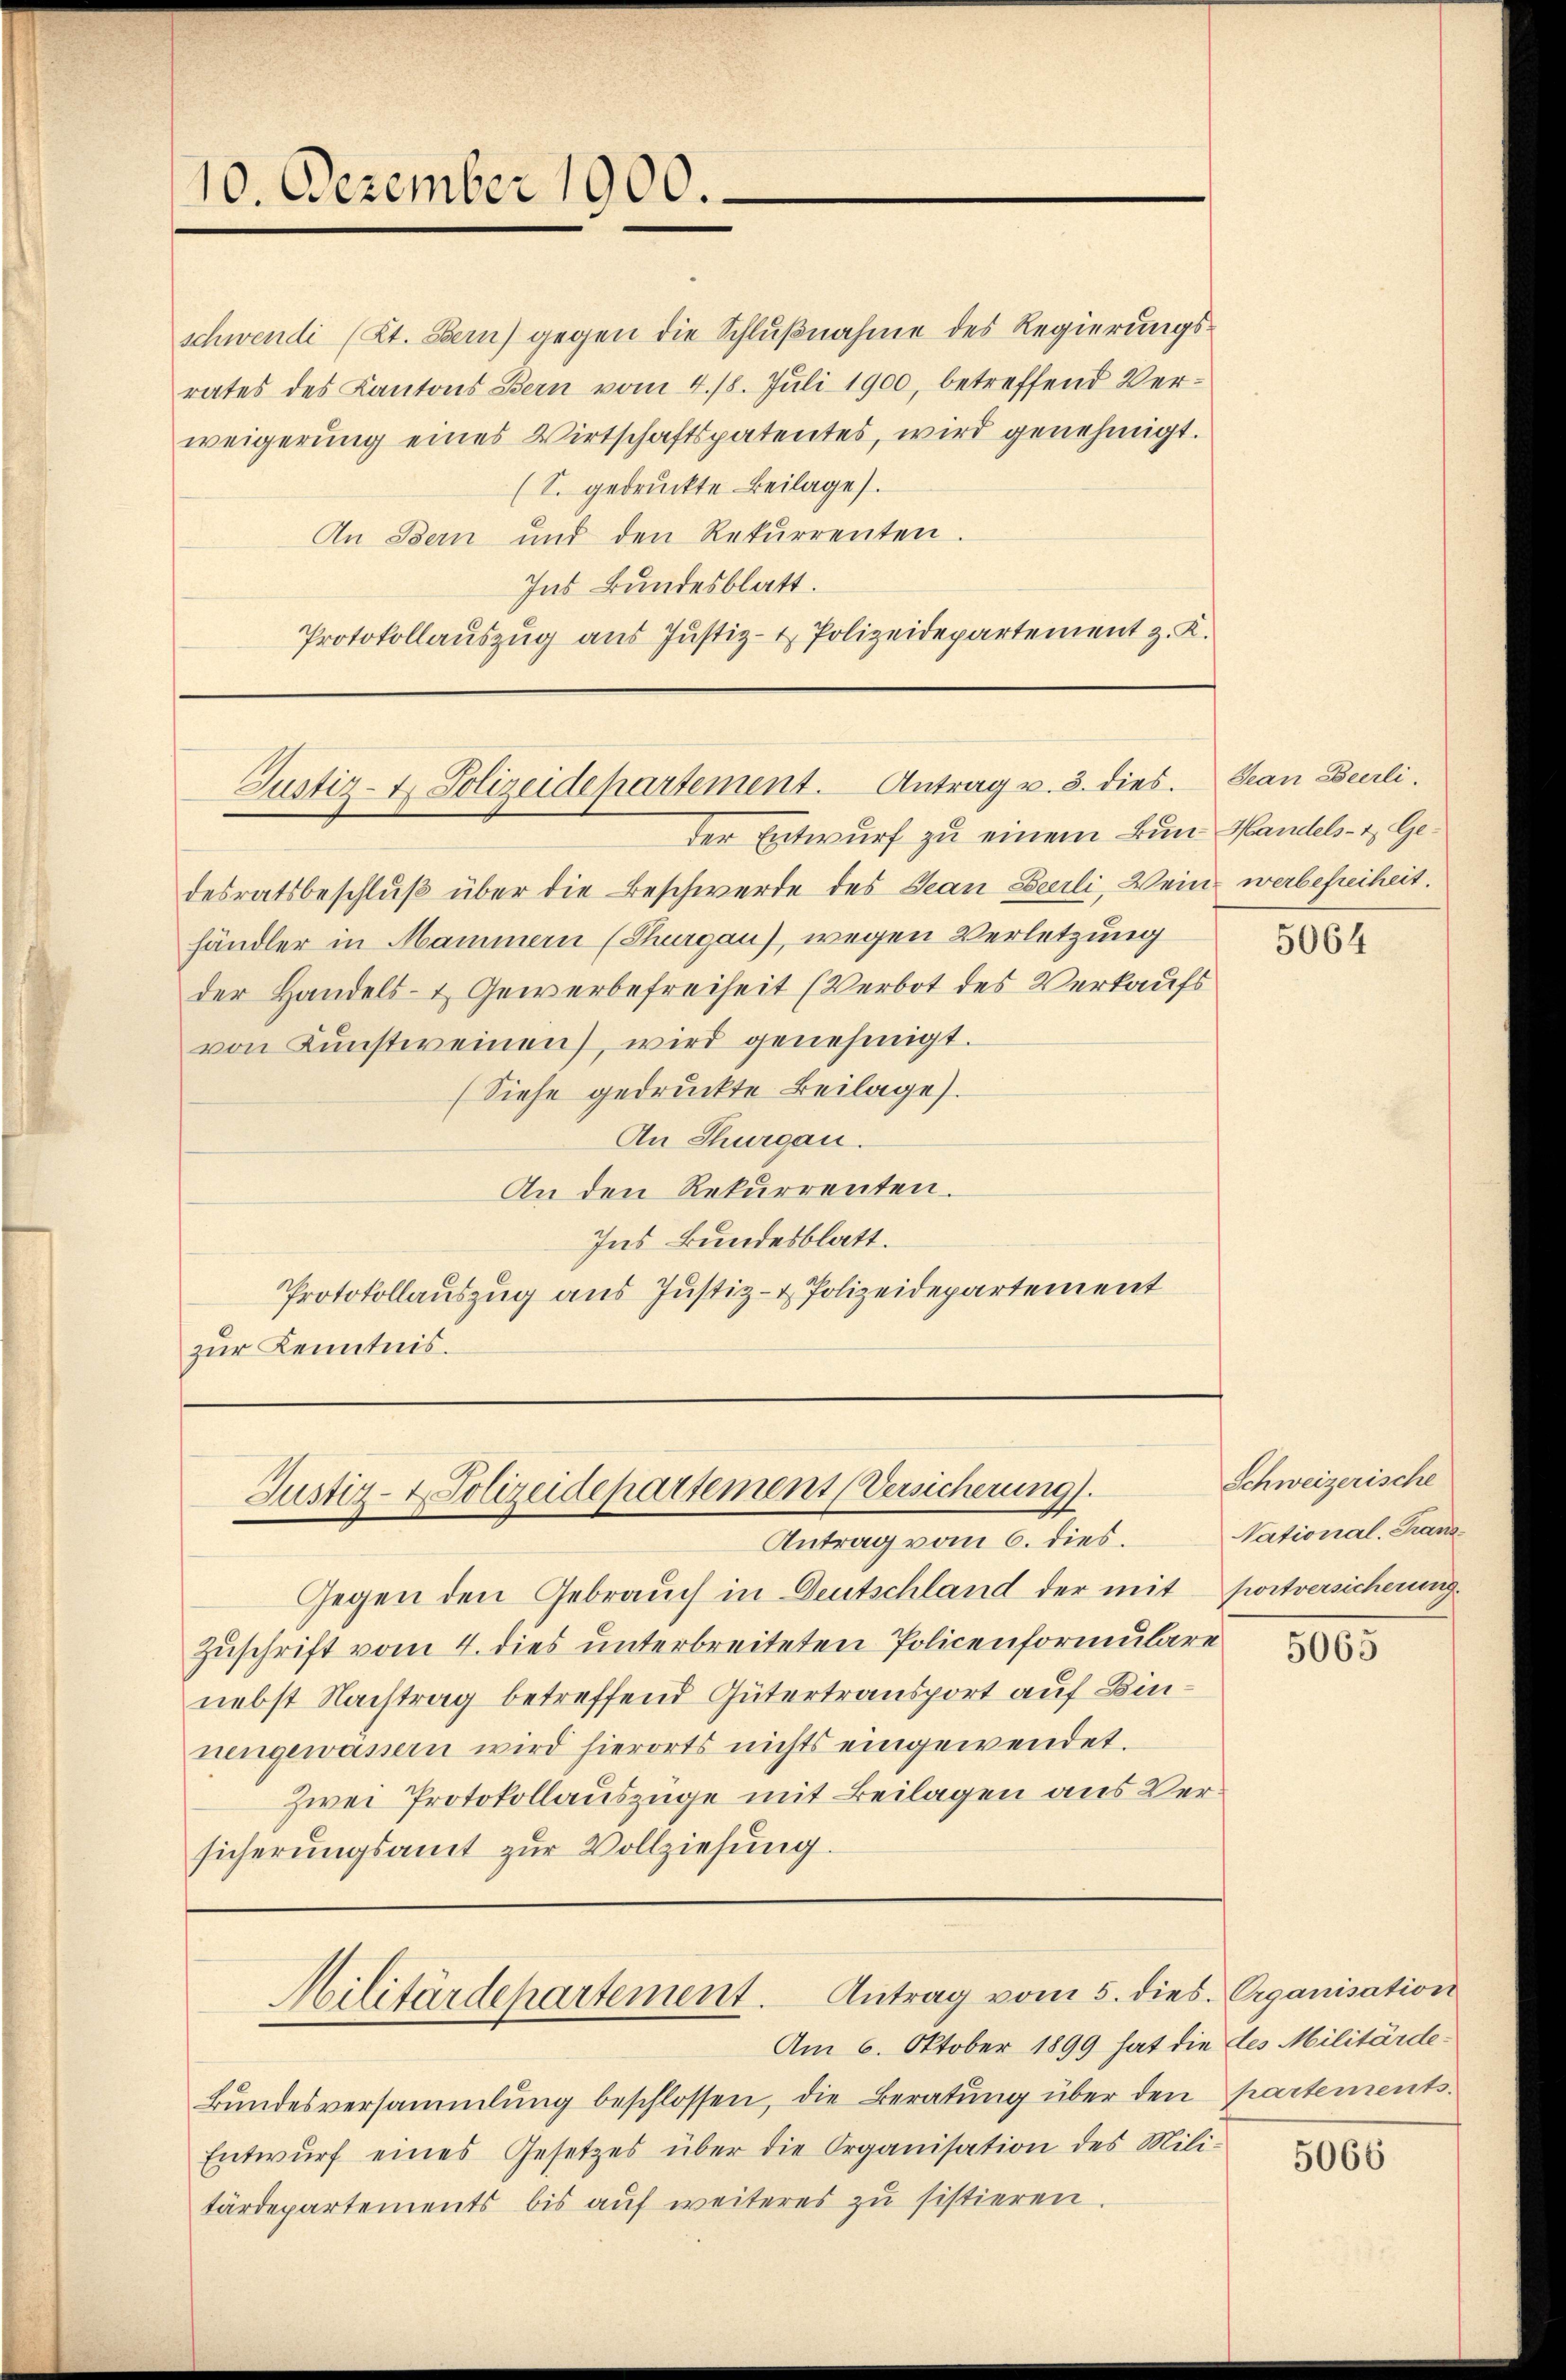
10. Dezember 1900.

schwendi (Kt. Bern) gegen die Schlußnahme des Regierungsrates des Kantons Bern vom 4. 18. Jŭli 1900, betreffend Ver-
weigerung eines Wirtschaftspatentes, wird genehmigt.
(S. gedruckte Beilage).
An Bern und den Rekurrenten.
Ins Bundesblatt.
Protokollauszug aus Justiz- & Polizeidepartement z. K.

Justiz- & Polizeidepartement. Antrag u. 3. dies. Jean Berli.

der Entwurf zu einem Bun Handels- & Gedesratsbeschluß über die Beschwerde des Jean Beeili, Wein werbefreiheit.
händler in Mammern (Thurgau), wegen Verletzung
der Handels- & Gewerbefreiheit (Verbot des Verkaufs
von Kunstweinen, wird genehmigt.
(Siehe gedruckte Beilage).
An Thurgau.
An den Rekurrenten.
Ins kundesblatt.
Protokollauszug aus Justiz- & Polizeidepartement
zur Kenntnis.

Justiz- & Polizeidepartement (Versicherung).
Antrag vom 6. dies.

Gegen den Gebrauch in Deutschland der mit portversicherung.
Zuschrift vom 4. dies unterbreiteten Policenformulare
nebst Nachtrag betreffend Gütertransport auf Binnengewassern wird hierorts nichts eingewendet.
Zwei Protokollauszüge mit Beilagen aus Versicherŭngsamt zŭr Vollziehŭng.

Am 6. Oktober 1899 hat die des Militärde¬
Bundesversammlung beschlossen, die Beratung über den partements-
Entwŭrf eines Gesetzes über die Organisation des Mili-
tärdepartements bis aŭf weiteres zŭ sistieren.

Militärdepartement. Antrag vom 5. dies. Organisation

5064

Schweizerische
National-Franz

5065

5066